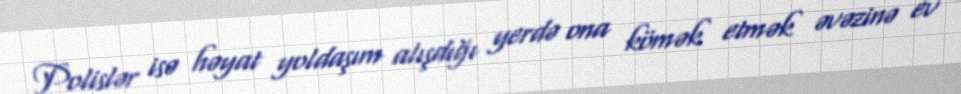
Polislər isə həyat yoldaşım alışdığı yerdə ona kömək etmək əvəzinə ev